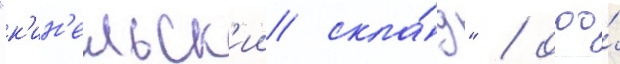
"к'ин'ельск'ии скла́д" / ооо́